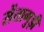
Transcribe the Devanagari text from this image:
सेंतागुड़ी